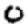
Digit: 0